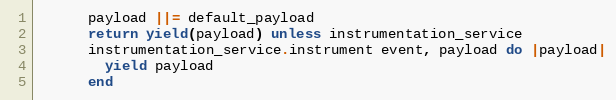
Language: Ruby
      payload ||= default_payload
      return yield(payload) unless instrumentation_service
      instrumentation_service.instrument event, payload do |payload|
        yield payload
      end